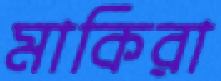
মাকিরা